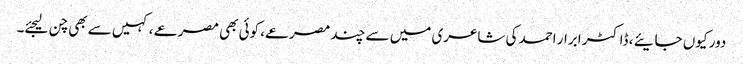
دور کیوں جایئے ، ڈاکٹر ابرار احمد کی شاعری میں سے چند مصرعے، کوئی بھی مصرعے ، کہیں سے بھی چن لیجئے۔